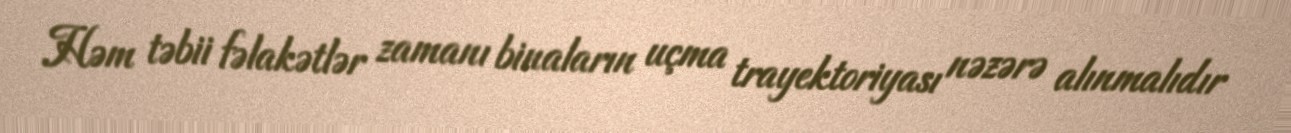
Həm təbii fəlakətlər zamanı binaların uçma trayektoriyası nəzərə alınmalıdır